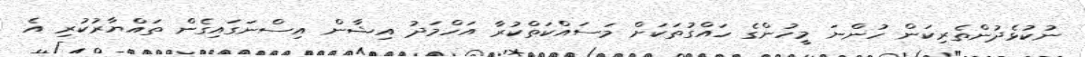
ނުކުޅެދުންތެރިކަން ހުންނަ މީހުންގެ ހައްގުތަކަށް މަސައްކަތްކުރާ އަހްމަދު އިޝާން އިސްނަގައިގެން ތައްޔާރުކުރި އެ